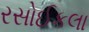
રસોઈકલા